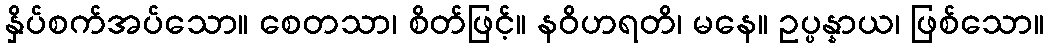
နှိပ်စက်အပ်သော။ စေတသာ၊ စိတ်ဖြင့်။ နဝိဟရတိ၊ မနေ။ ဥပ္ပန္နာယ၊ ဖြစ်သော။